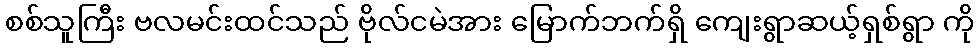
စစ်သူကြီး ဗလမင်းထင်သည် ဗိုလ်ငမဲအား မြောက်ဘက်ရှိ ကျေးရွာဆယ့်ရှစ်ရွာ ကို